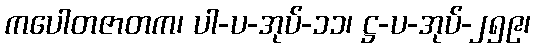
ကပေါတဇာတက၊ ပါ-ပ-အုပ်-၁၁၊ ဋ္ဌ-ပ-အုပ်-၂၅၉၊